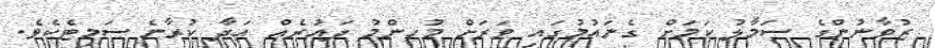
ޒުވާނުންގެ ސަމާލު ކަމަށް ގެނައުމުގައި ވަރަށް މުހންމު ދައުރެއް އަދާ ކުރާނެ ސަމިޓެކެވެ.